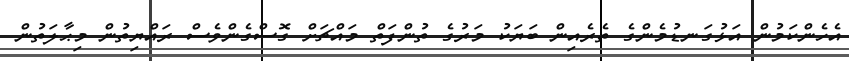
އެހެންކަމުން އަޅުގަނޑުމެންގެ ތެރެއިން ބަޔަކު މަރުގެ ތުންފަތް މައްޗަށް ގޮސްގެންވެސް ރައްޔިތުން މިޙާލަތުން